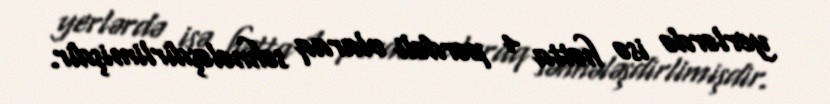
yerlərdə isə hətta 4 pərdəli olaraq səhnələşdirlimişdir.